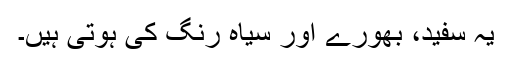
یہ سفید، بھورے اور سیاہ رنگ کی ہوتی ہیں۔